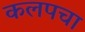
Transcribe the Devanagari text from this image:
कलपचा